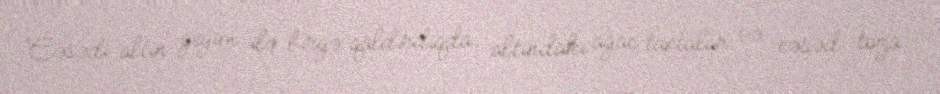
Cəsədi altın geyim ilə birgə qaldırdıqda, altındakı ağac taxtalar və cəsəd toza